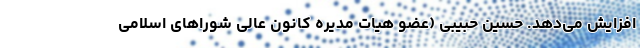
افزایش می‌دهد. حسین حبیبی (عضو هیات مدیره کانون عالی شوراهای اسلامی